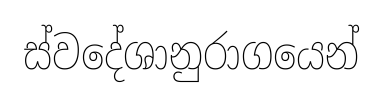
ස්වදේශානුරාගයෙන්